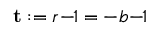
\mathbf { t } : = r \! - \! \! 1 = - b \! - \! \! 1